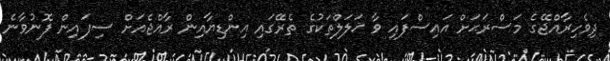
ދިވެހިރާއްޖޭގެ މަސްރަޙަށް އައިސްފައި ވާ ޚަލަލްތަކުގެ ތެރޭގައި އިންޑިޔާއިން ރާއްޖެއަށް ސިފައިން ފޮނުވާނެ